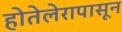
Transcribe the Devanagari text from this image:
होतेलेरापासून